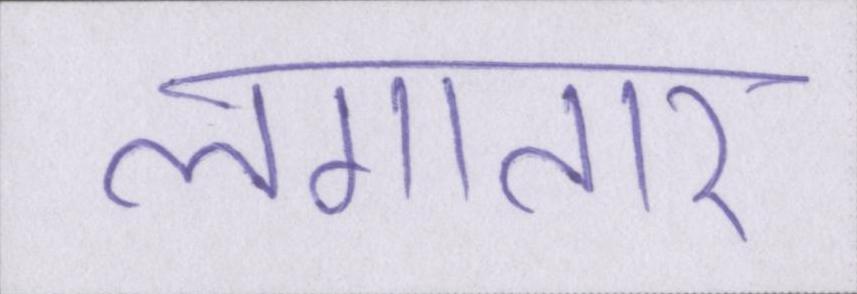
लगातार